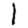
Digit: 1